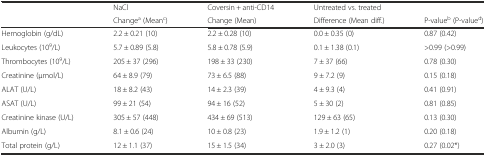
<table><thead><tr><td></td><td><b>NaCl</b></td><td><b>Coversin + anti-CD14</b></td><td><b>Untreated vs. treated</b></td><td></td></tr><tr><td></td><td><b>Change<sup>a</sup> (Mean<sup>c</sup>)</b></td><td><b>Change (Mean)</b></td><td><b>Difference (Mean diff.)</b></td><td><b>P-value<sup>b</sup> (P-value<sup>d</sup>)</b></td></tr></thead><tbody><tr><td>Hemoglobin (g/dL)</td><td>2.2 ± 0.21 (10)</td><td>2.2 ± 0.28 (10)</td><td>0.0 ± 0.35 (0)</td><td>0.87 (0.42)</td></tr><tr><td>Leukocytes (10<sup>9</sup>/L)</td><td>5.7 ± 0.89 (5.8)</td><td>5.8 ± 0.78 (5.9)</td><td>0.1 ± 1.38 (0.1)</td><td>&gt;0.99 (&gt;0.99)</td></tr><tr><td>Thrombocytes (10<sup>9</sup>/L)</td><td>205 ± 37 (296)</td><td>198 ± 33 (230)</td><td>7 ± 37 (66)</td><td>0.78 (0.30)</td></tr><tr><td>Creatinine (μmol/L)</td><td>64 ± 8.9 (79)</td><td>73 ± 6.5 (88)</td><td>9 ± 7.2 (9)</td><td>0.15 (0.18)</td></tr><tr><td>ALAT (U/L)</td><td>18 ± 8.2 (43)</td><td>14 ± 2.3 (39)</td><td>4 ± 9.3 (4)</td><td>0.41 (0.91)</td></tr><tr><td>ASAT (U/L)</td><td>99 ± 21 (54)</td><td>94 ± 16 (52)</td><td>5 ± 30 (2)</td><td>0.81 (0.85)</td></tr><tr><td>Creatinine kinase (U/L)</td><td>305 ± 57 (448)</td><td>434 ± 69 (513)</td><td>129 ± 63 (65)</td><td>0.13 (0.30)</td></tr><tr><td>Albumin (g/L)</td><td>8.1 ± 0.6 (24)</td><td>10 ± 0.8 (23)</td><td>1.9 ± 1.2 (1)</td><td>0.20 (0.18)</td></tr><tr><td>Total protein (g/L)</td><td>12 ± 1.1 (37)</td><td>15 ± 1.5 (34)</td><td>3 ± 2.0 (3)</td><td>0.27 (0.02*)</td></tr></tbody></table>